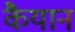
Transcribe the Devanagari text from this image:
कैयान